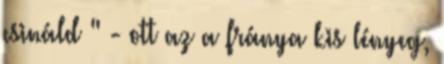
csináld " - ott az a fránya kis lényeg,